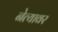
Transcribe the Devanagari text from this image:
नेत्यावर